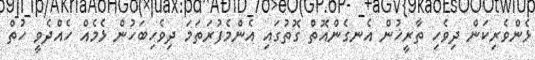
ޅެންވެރިކަން ދިވެހި ތާރީޚުން އެނގެންއޮތް ގޮތުގައި އެންމެފުރަތަމަ ދިވެހިބަހުން ޅެމެއް ހެއްދެވީ ހުތް